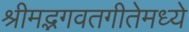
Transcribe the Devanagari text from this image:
श्रीमद्भगवतगीतेमध्ये